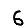
Digit: 6